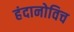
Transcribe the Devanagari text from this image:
हंदानोविच